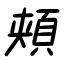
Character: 頬